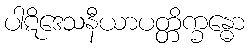
ပါဋိဒေသနီယာပတ္တိက္ခန္ဓော